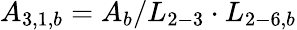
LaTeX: {A_{3,1,b}}={A_{b}}/{L_{2-3}}\cdot{L_{2-6,b}}